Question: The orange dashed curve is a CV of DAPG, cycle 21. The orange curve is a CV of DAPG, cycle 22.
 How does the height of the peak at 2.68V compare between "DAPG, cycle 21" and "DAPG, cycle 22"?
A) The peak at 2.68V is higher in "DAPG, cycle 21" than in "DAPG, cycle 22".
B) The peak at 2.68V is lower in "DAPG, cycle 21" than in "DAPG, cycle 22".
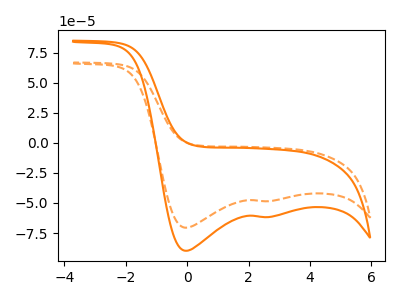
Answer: <think>The orange dashed curve "DAPG, cycle 21" has cathodic peaks at (-0.05V, -70.55uA) (2.70V, -48.50uA). The orange curve "DAPG, cycle 22" has cathodic peaks at (-0.05V, -89.75uA) (2.70V, -61.65uA).</think>
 <answer>B) The peak at 2.68V is lower in "DAPG, cycle 21" than in "DAPG, cycle 22".</answer>
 <eval>B</eval>